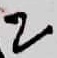
Text: 2